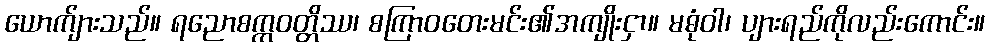
ယောက်ျားသည်။ ရညောစက္ကဝတ္တိဿ၊ စကြာဝတေးမင်း၏အကျိုးငှာ။ မဓုံဝါ၊ ပျားရည်ကိုလည်းကောင်း။